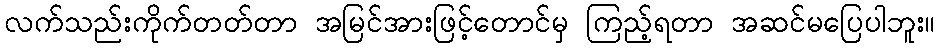
လက်သည်းကိုက်တတ်တာ အမြင်အားဖြင့်တောင်မှ ကြည့်ရတာ အဆင်မပြေပါဘူး။